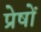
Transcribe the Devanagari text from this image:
प्रेषों